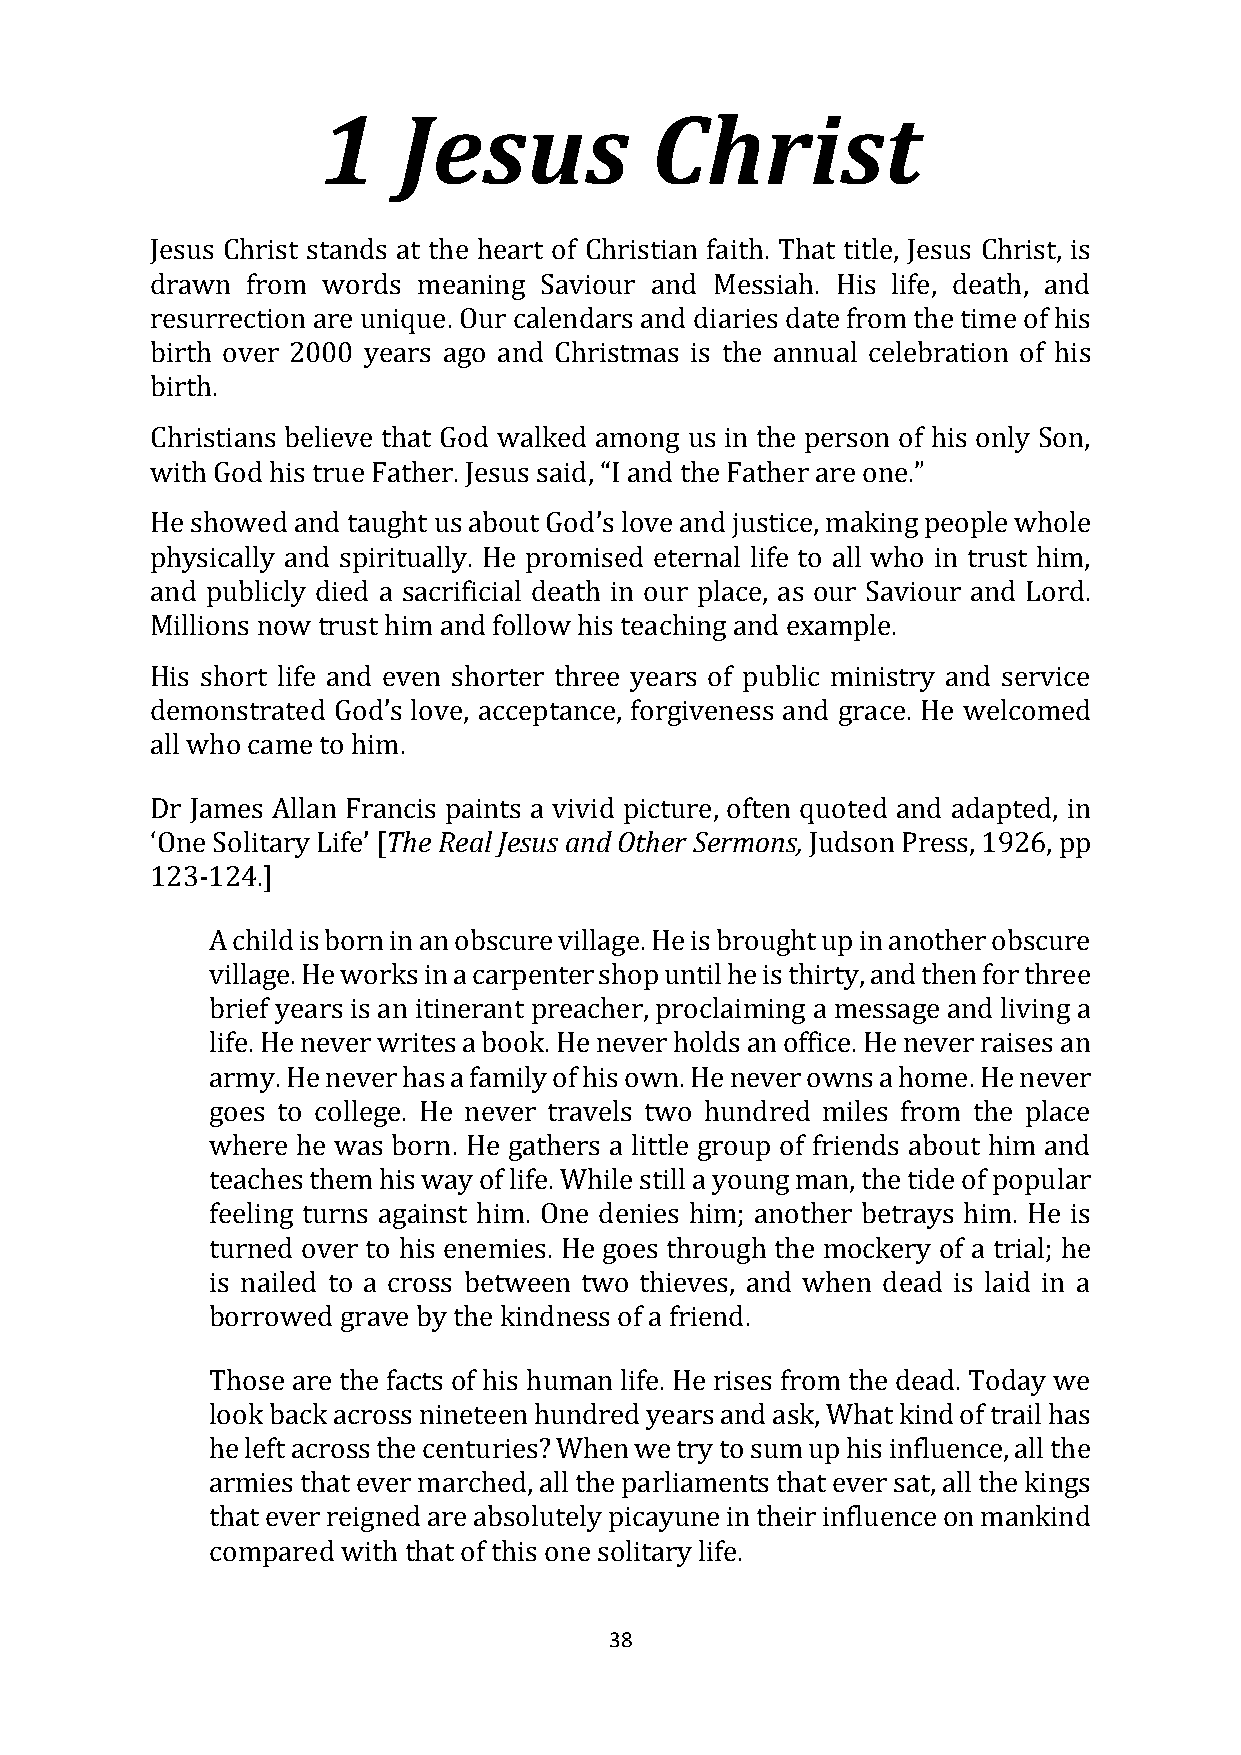
1    Jesus            Christ
 Jesus Christ stands at the heart of Christian faith. That title, Jesus Christ, is
 drawn from words  meaning Saviour and Messiah. His life, death, and
 resurrection are unique. Our calendars and diaries date from the time of his
 birth over 2000 years ago and Christmas is the annual celebration of his
 birth.
 Christians believe that God walked among us in the person of his only Son,
 with God his true Father. Jesus said, “I and the Father are one.”
 He showed and taught us about God’s love and justice, making people whole
 physically and spiritually. He promised eternal life to all who in trust him,
 and publicly died a sacrificial death in our place, as our Saviour and Lord.
 Millions now trust him and follow his teaching and example.
 His short life and even shorter three years of public ministry and service
 demonstrated God’s love, acceptance, forgiveness and grace. He welcomed
 all who came to him.
 Dr James Allan Francis paints a vivid picture, often quoted and adapted, in
 ‘One Solitary Life’ [The Real Jesus and Other Sermons, Judson Press, 1926, pp
 123-124.]
 A child is born in an obscure village. He is brought up in another obscure
 village. He works in a carpenter shop until he is thirty, and then for three
 brief years is an itinerant preacher, proclaiming a message and living a
 life. He never writes a book. He never holds an office. He never raises an
 army. He never has a family of his own. He never owns a home. He never
 goes to college. He never travels two hundred miles from the place
 where he was born. He gathers a little group of friends about him and
 teaches them his way of life. While still a young man, the tide of popular
 feeling turns against him. One denies him; another betrays him. He is
 turned over to his enemies. He goes through the mockery of a trial; he
 is nailed to a cross between two thieves, and when dead is laid in a
 borrowed grave by the kindness of a friend.
 Those are the facts of his human life. He rises from the dead. Today we
 look back across nineteen hundred years and ask, What kind of trail has
 he left across the centuries? When we try to sum up his influence, all the
 armies that ever marched, all the parliaments that ever sat, all the kings
 that ever reigned are absolutely picayune in their influence on mankind
 compared with that of this one solitary life.
 38